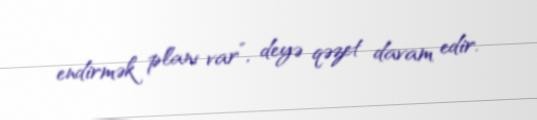
endirmək planı var”, deyə qəzet davam edir.